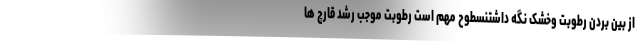
از بین بردن رطوبت وخشک نگه داشتنسطوح مهم است رطوبت موجب رشد قارچ ها